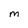
Character: m